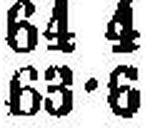
63•6